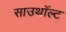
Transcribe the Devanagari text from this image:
साउथॉल्ट